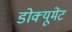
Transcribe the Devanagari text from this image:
डोक्यूमेंट